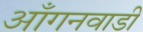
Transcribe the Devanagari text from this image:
आँगनवाडी